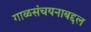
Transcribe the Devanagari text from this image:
गाळसंचयनाबद्दल